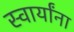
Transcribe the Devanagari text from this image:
स्वार्यांना